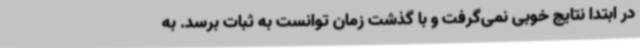
در ابتدا نتایج خوبی نمی‌گرفت و با گذشت زمان توانست به ثبات برسد. به